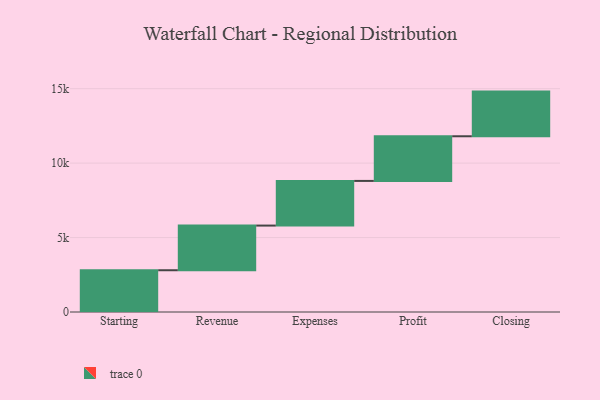
{"axis": {"x": "Step", "y": "Value"}, "legend": [""], "data": [{"x": "Starting", "y": 2805.0, "type": ""}, {"x": "Revenue", "y": 3000, "type": ""}, {"x": "Expenses", "y": 3000, "type": ""}, {"x": "Profit", "y": 3000, "type": ""}, {"x": "Closing", "y": 3000, "type": ""}]}